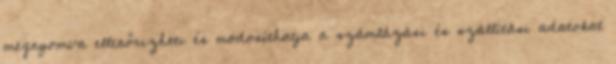
megnyomva ellenőrizheti és módosíthatja a számlázási és szállítási adatokat